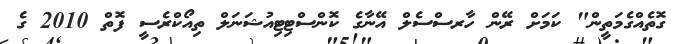
ގޮތެއްގެމަތީން" ކަމަށް ރޭން ހާރސްސެލް އޭނާގެ ކޮންސްޓިޓިއުޝަނަލް ތިއޯކްރެސީ ފޮތް 2010 ގެ